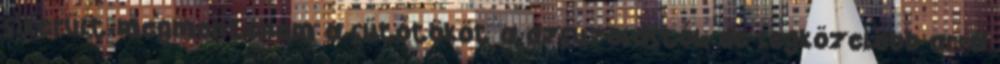
sikerült megmentenem a sütőtököt a dzsúzolástól, de legközelebb arra